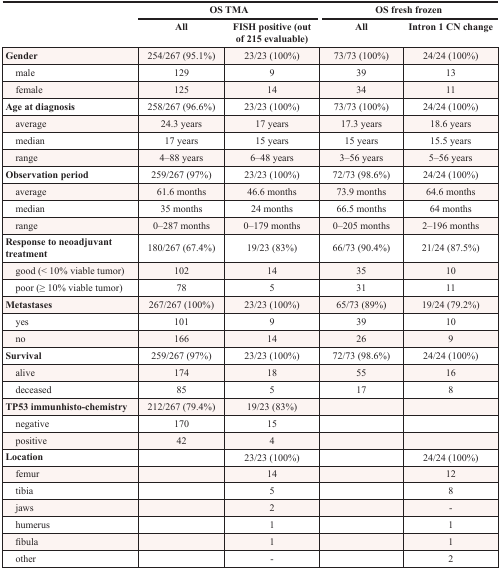
<table><thead><tr><td></td><td colspan="2"><b>OS TMA</b></td><td colspan="2"><b>OS fresh frozen</b></td></tr><tr><td></td><td><b>All</b></td><td><b>FISH positive (out of 215 evaluable)</b></td><td><b>All</b></td><td><b>Intron 1 CN change</b></td></tr></thead><tbody><tr><td><b>Gender</b></td><td>254/267 (95.1%)</td><td>23/23 (100%)</td><td>73/73 (100%)</td><td>24/24 (100%)</td></tr><tr><td> male</td><td>129</td><td>9</td><td>39</td><td>13</td></tr><tr><td> female</td><td>125</td><td>14</td><td>34</td><td>11</td></tr><tr><td><b>Age at diagnosis</b></td><td>258/267 (96.6%)</td><td>23/23 (100%)</td><td>73/73 (100%)</td><td>24/24 (100%)</td></tr><tr><td> average</td><td>24.3 years</td><td>17 years</td><td>17.3 years</td><td>18.6 years</td></tr><tr><td> median</td><td>17 years</td><td>15 years</td><td>15 years</td><td>15.5 years</td></tr><tr><td> range</td><td>4–88 years</td><td>6–48 years</td><td>3–56 years</td><td>5–56 years</td></tr><tr><td><b>Observation period</b></td><td>259/267 (97%)</td><td>23/23 (100%)</td><td>72/73 (98.6%)</td><td>24/24 (100%)</td></tr><tr><td> average</td><td>61.6 months</td><td>46.6 months</td><td>73.9 months</td><td>64.6 months</td></tr><tr><td> median</td><td>35 months</td><td>24 months</td><td>66.5 months</td><td>64 months</td></tr><tr><td> range</td><td>0–287 months</td><td>0–179 months</td><td>0–205 months</td><td>2–196 months</td></tr><tr><td><b>Response to neoadjuvant treatment</b></td><td>180/267 (67.4%)</td><td>19/23 (83%)</td><td>66/73 (90.4%)</td><td>21/24 (87.5%)</td></tr><tr><td> good (&lt; 10% viable tumor)</td><td>102</td><td>14</td><td>35</td><td>10</td></tr><tr><td> poor (≥ 10% viable tumor)</td><td>78</td><td>5</td><td>31</td><td>11</td></tr><tr><td><b>Metastases</b></td><td>267/267 (100%)</td><td>23/23 (100%)</td><td>65/73 (89%)</td><td>19/24 (79.2%)</td></tr><tr><td> yes</td><td>101</td><td>9</td><td>39</td><td>10</td></tr><tr><td> no</td><td>166</td><td>14</td><td>26</td><td>9</td></tr><tr><td><b>Survival</b></td><td>259/267 (97%)</td><td>23/23 (100%)</td><td>72/73 (98.6%)</td><td>24/24 (100%)</td></tr><tr><td> alive</td><td>174</td><td>18</td><td>55</td><td>16</td></tr><tr><td> deceased</td><td>85</td><td>5</td><td>17</td><td>8</td></tr><tr><td><b>TP53 immunhisto-chemistry</b></td><td>212/267 (79.4%)</td><td>19/23 (83%)</td><td></td><td></td></tr><tr><td> negative</td><td>170</td><td>15</td><td></td><td></td></tr><tr><td> positive</td><td>42</td><td>4</td><td></td><td></td></tr><tr><td>Location</td><td></td><td>23/23 (100%)</td><td></td><td>24/24 (100%)</td></tr><tr><td> femur</td><td></td><td>14</td><td></td><td>12</td></tr><tr><td> tibia</td><td></td><td>5</td><td></td><td>8</td></tr><tr><td> jaws</td><td></td><td>2</td><td></td><td>-</td></tr><tr><td> humerus</td><td></td><td>1</td><td></td><td>1</td></tr><tr><td> fibula</td><td></td><td>1</td><td></td><td>1</td></tr><tr><td> other</td><td></td><td>-</td><td></td><td>2</td></tr></tbody></table>